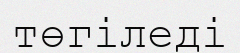
төгіледі